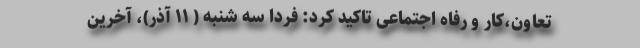
تعاون،کار و رفاه اجتماعی تاکید کرد: فردا سه شنبه ( ۱۱ آذر)، آخرین